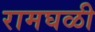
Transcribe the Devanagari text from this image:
रामघळी